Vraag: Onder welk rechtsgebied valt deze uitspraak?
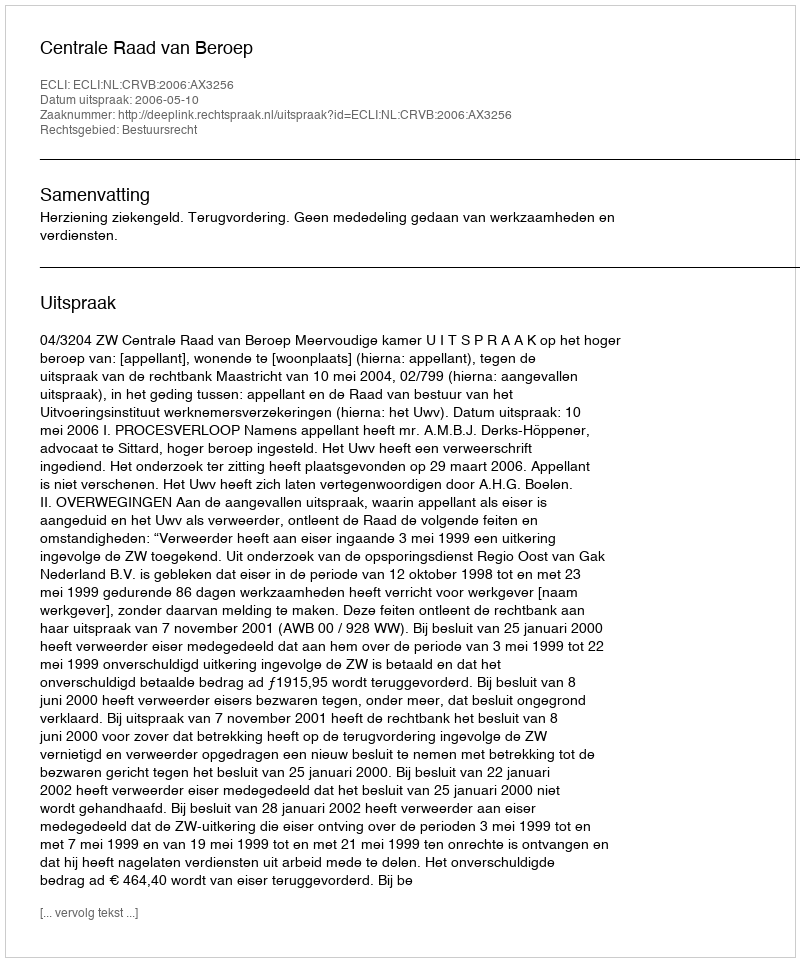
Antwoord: Bestuursrecht